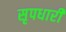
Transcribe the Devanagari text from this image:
सृपधारी